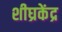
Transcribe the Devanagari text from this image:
शीघ्रकेंद्र